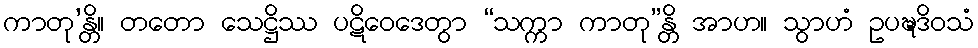
ကာတု’န္တိ။ တတော သေဋ္ဌိဿ ပဋိဝေဒေတွာ “သက္ကာ ကာတု”န္တိ အာဟ။ သွာဟံ ဥပဍ္ဎဒိဝသံ